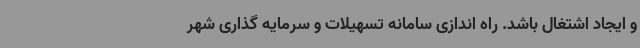
و ایجاد اشتغال باشد. راه اندازی سامانه تسهیلات و سرمایه گذاری شهر